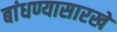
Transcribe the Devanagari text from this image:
बांधण्यासारखे